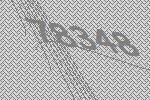
78348